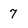
Character: 7